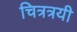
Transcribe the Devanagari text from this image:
चित्रत्रयी